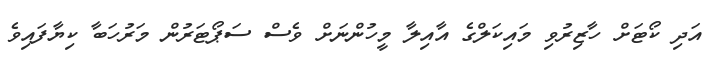
އަދި ކޯޓަށް ހާޒިރުވި މައިކަލްގެ އާއިލާ މީހުންނަށް ވެސް ސަޕޯޓަރުން މަރުހަބާ ކިޔާފައިވެ